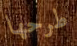
طرحها